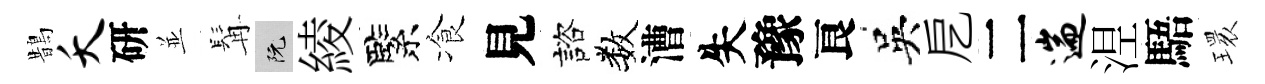
鵲夭研並髯阮綾緊飡見諮数漕失豫良吳戹二遄𣵀䮏𤨔